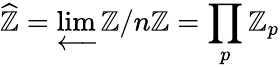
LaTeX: {\widehat{\mathbb{Z}}}=\varprojlim\mathbb{Z}/n\mathbb{Z}=\prod_{p}\mathbb{Z}_{p}